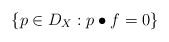
\begin{align*}\left\{p\in D_X: p\bullet f=0\right\}\end{align*}